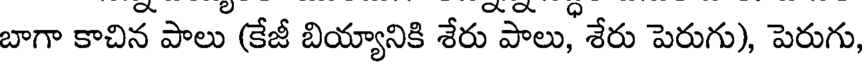
బాగా కాచిన పాలు (కేజీ బియ్యానికి శేరు పాలు, శేరు పెరుగు), పెరుగు,